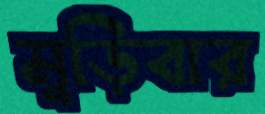
মুড়িবার